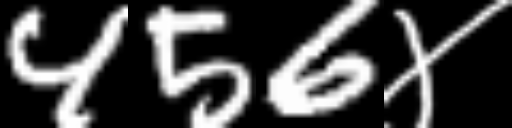
Text: 456४